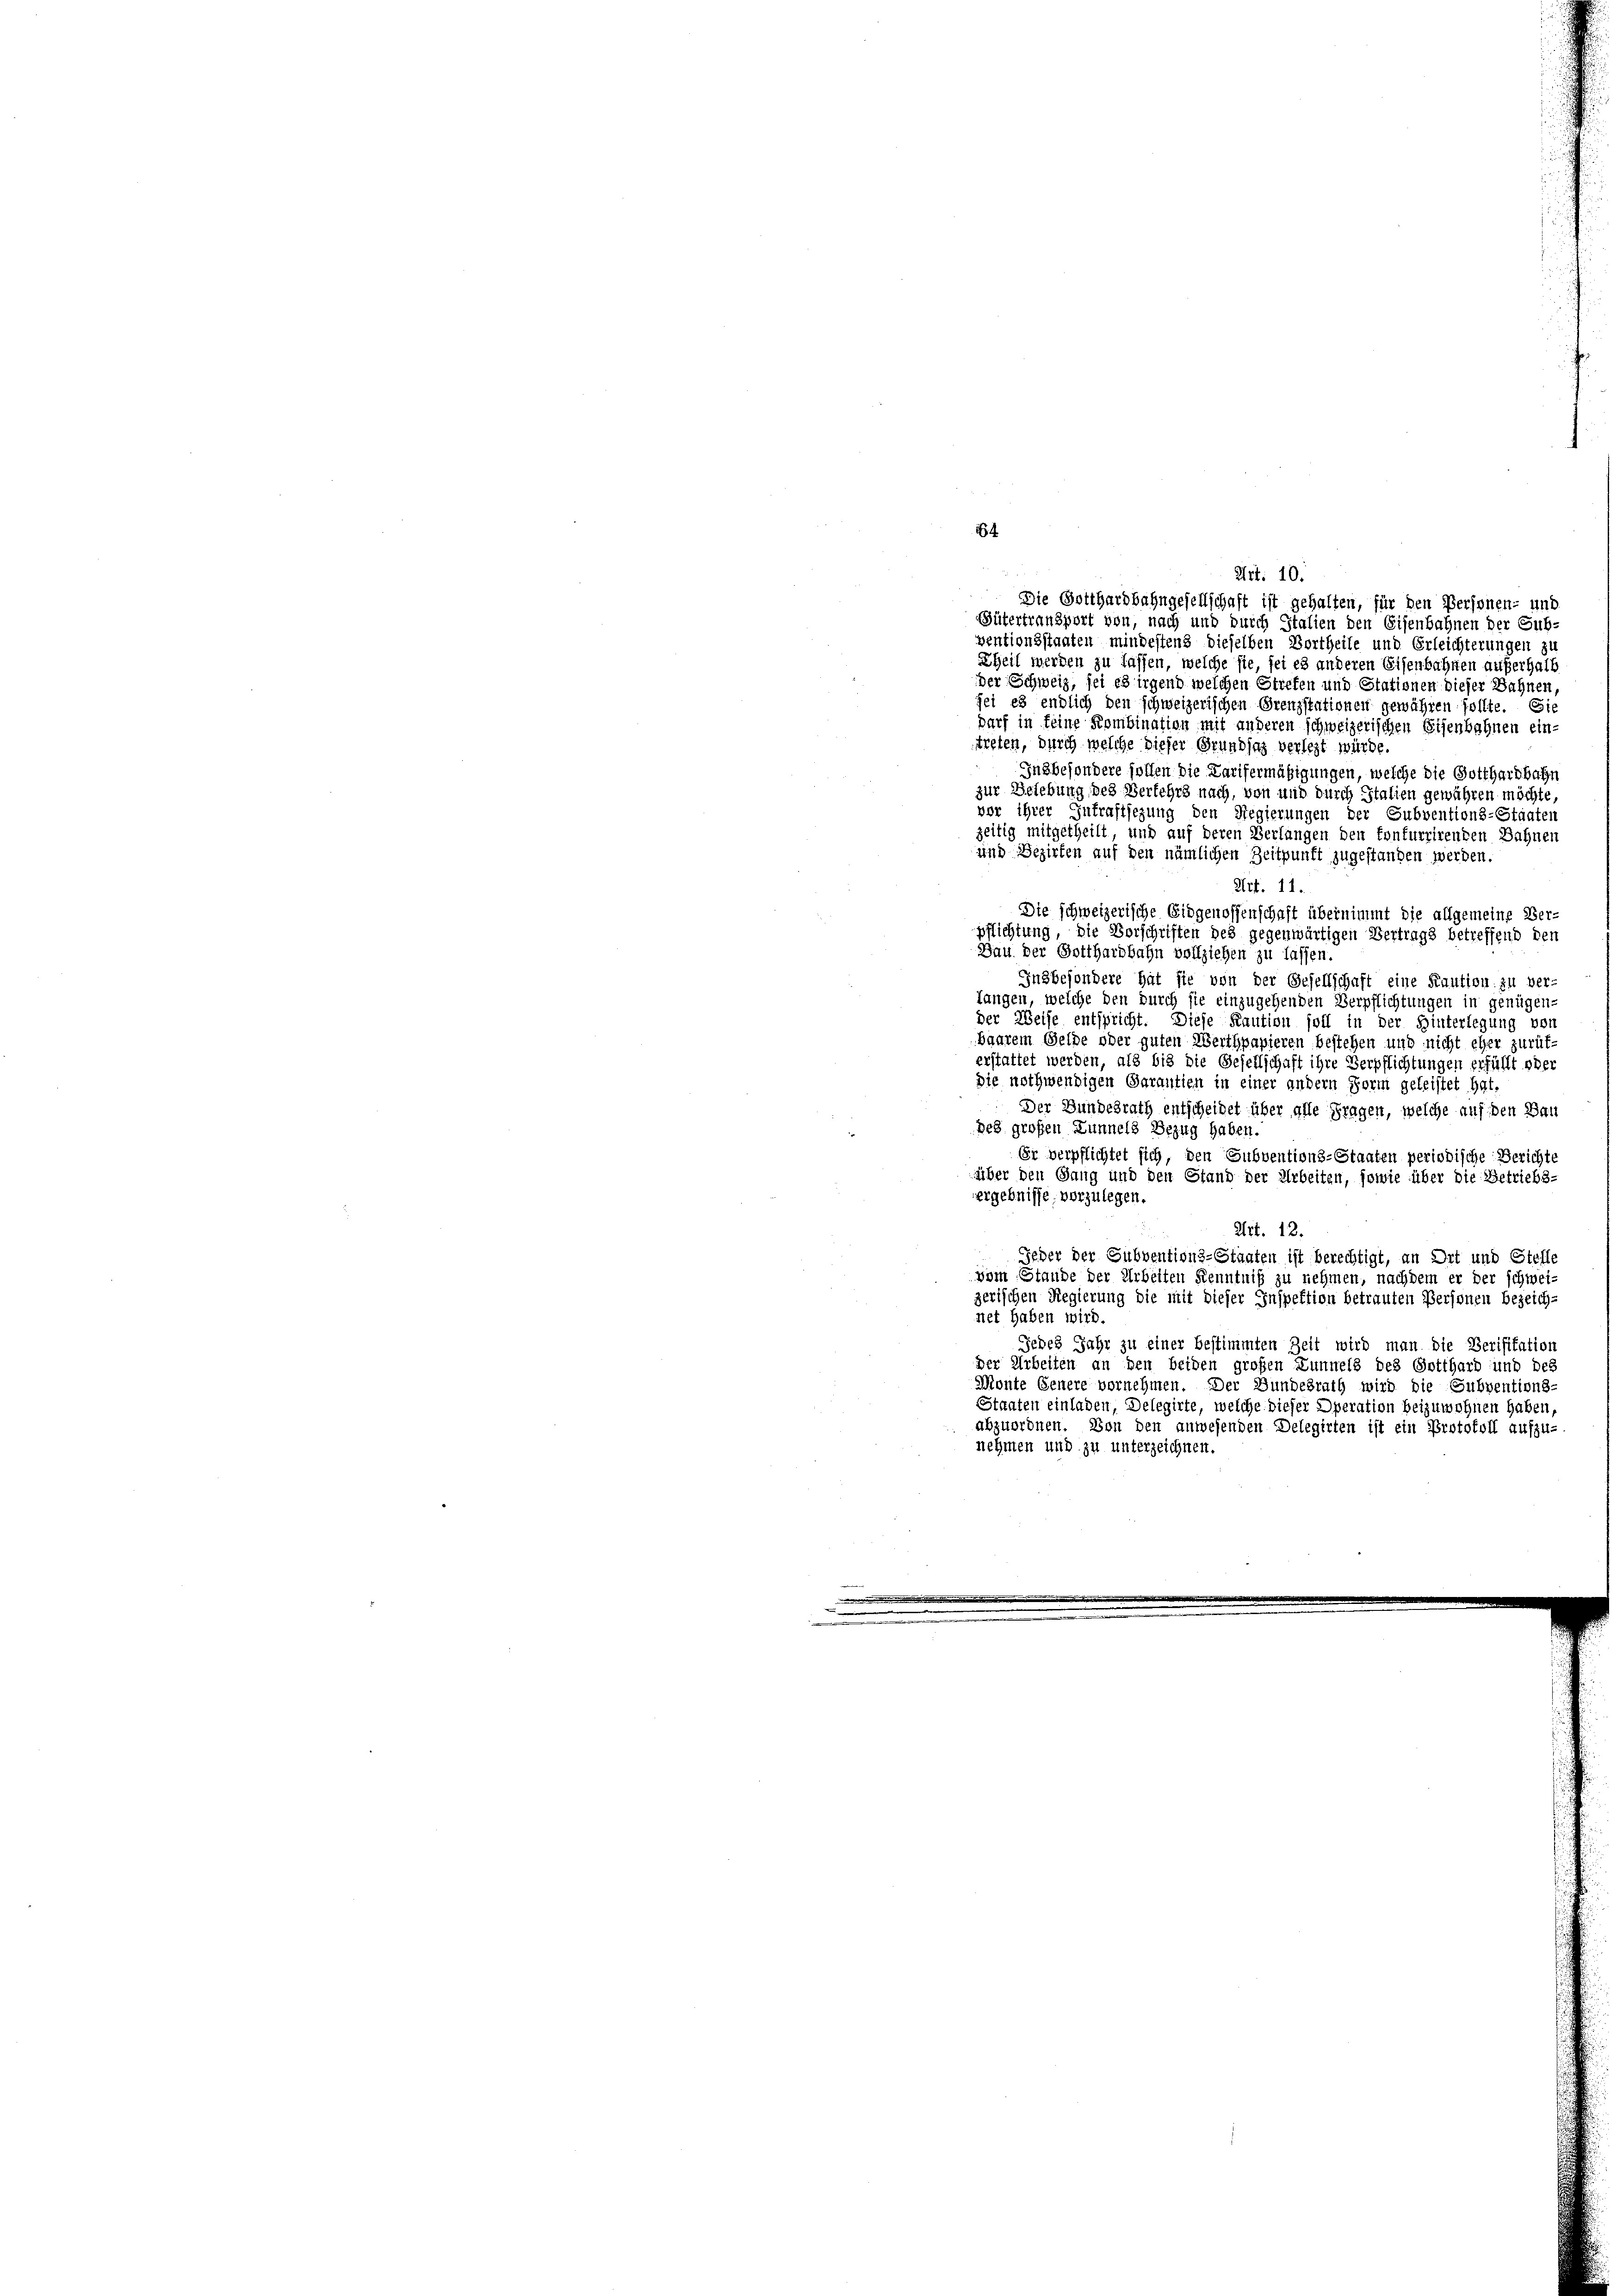
Gütertransport von, nach und durch Italien den Eisenbahnen der Sub-
ventionsstaaten mindestens dieselben Vortheile und Erleichterungen zu
Theil werden zu lassen, welche sie, sei es anderen Eisenbahnen außerhalb
der Schweiz, sei es irgend welchen Strefen und Estationen dieser Wahnen,
fei es endlich den schweizerischen Grenzstationen gewähren sollte. Sie
Darf in keine Kombination mit anderen schweizerischen Eisenbohnen ein-
treten, durch welche dieser Grundsaz verlegt würde
Insbesondere sollen die Karifermäßigungen, welche die Gotthardbahn
zur Belebung, des Verlehrs nach, von und durch Italien gewähren möchte,
vor ihrer Inkraftsezung den Regierungen der Subventions-Staaten
zeitig mitgetheilt, und auf deren Verlangen den Confurrirenden Bahnen
und Bezirken auf den nämlichen Zeitpunft zugestanden werden.
Art. 11.
Die schweizerische Eidgenossenschaft übernimmt die allgemeine Ver-
pflichtung, die Vorschriften des gegenwärtigen Vertrags betreffend den
Bau der Gotthardbahn vollziehen zu lassen.
Insbesondere hat sie von der Gesellschaft eine Kaution zu ver-
fangen, welche den durch sie einzugehenden Verpflichtungen in genügen-
der Weise entspricht. Diese Kaution soll in der Hinterlegung vor
baarem Gelde oder guten Werthpapieren bestehen und nicht eher zurük-
erstattet werden, als bis die Gesellschaft ihre Verpflichtungen erfüllt oder
Die nothwendigen Garantien in einer andern Form geleistet hat,
Der Bundesrath entscheidet über alle Fragen, welche auf den Bau
des großen Lunnels Bezug haben.
Er verpflichtet sich, den Subventions-Staaten periodische Berichte
über den Gang und den Grand der Arbeiten, sowie über die Betriebs-
ergebnisse vorzulegen.
Art. 12.
e
Jeder der Subventions-Staaten ist berechtigt, an Ort und Stelle
vom Stande der Arbeiten Kenntniß zu nehmen, nachdem er der schwei-
zerischen Regierung die mit dieser Inspektion betrauten Personen bezeich-
net haben wird.
Jedes Jahr zu einer bestimmten Zeit wird man die Verifikation
der Arbeiten an den beiden großen Lunnels des Gotthard und des
Monte Genere vornehmen. Der Bundesrath wird die Subventions-
Staaten einladen, Delegirte, welche dieser Operation beizuwohnen haben,
abzuordnen. Von den anwesenden Delegirten ist ein Protokoll aufzu-
nehmen und zu unterzeichnen.

14

Art. 10.
Die Gotthardbahngesellschaft ist gehalten, für den Personen- und